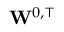
\mathbf { W } ^ { 0 , \top }